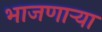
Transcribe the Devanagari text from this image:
भाजणाऱ्या